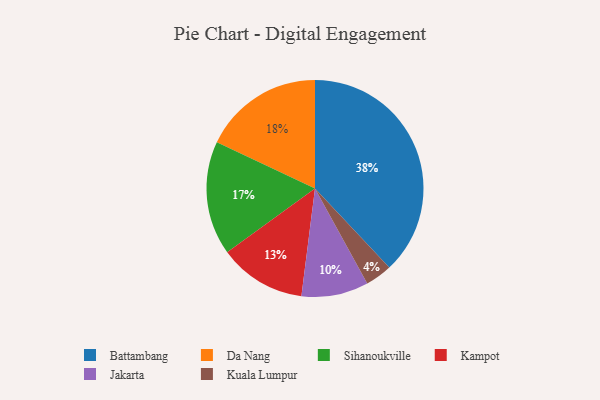
{"axis": {"x": "Category", "y": "Percentage"}, "legend": ["Battambang", "Da Nang", "Jakarta", "Kampot", "Kuala Lumpur", "Sihanoukville"], "data": [{"x": "Kampot", "y": 13, "type": "Kampot"}, {"x": "Battambang", "y": 38, "type": "Battambang"}, {"x": "Sihanoukville", "y": 17, "type": "Sihanoukville"}, {"x": "Jakarta", "y": 10, "type": "Jakarta"}, {"x": "Kuala Lumpur", "y": 4, "type": "Kuala Lumpur"}, {"x": "Da Nang", "y": 18, "type": "Da Nang"}]}